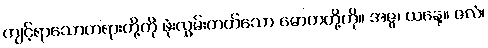
ကျင့်ရာသောတရားတို့ကို ဖုံးလွှမ်းတတ်သော မောဟတို့ကို။ အဇ္ဇ၊ ယနေ့။ ဇလံ၊